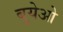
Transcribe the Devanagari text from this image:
बुयेओ